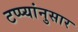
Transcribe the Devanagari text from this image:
टप्प्यांनुसार